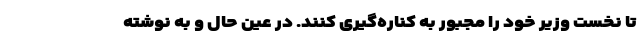
تا نخست وزیر خود را مجبور به کناره‌گیری کنند. در عین حال و به نوشته